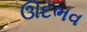
ઊદભવ